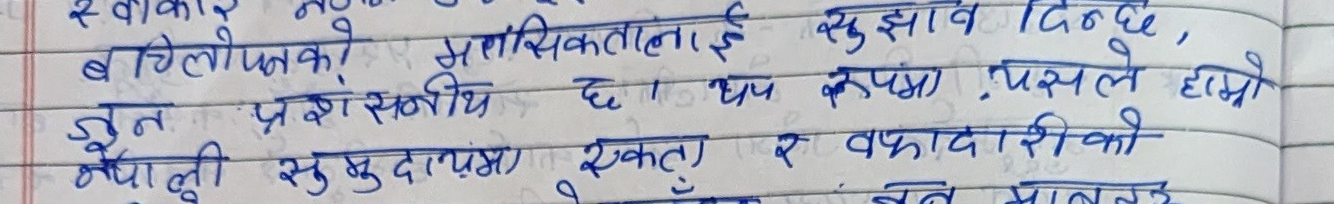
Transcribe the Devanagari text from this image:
स्वीकार
बचिलोपनिप्रशासनिय
जुत प्रसंशनीय छ। थप रूपमा यसले हाम्रो
नेपाली समुदायमा एकता र वफादारीको